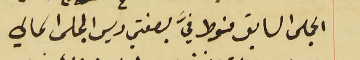
المجلس السابق منوط فيَّ بصفتي ريس المجلس الحالي